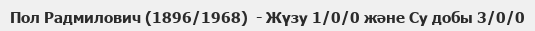
Пол Радмилович (1896/1968)  - Жүзу 1/0/0 және Су добы 3/0/0